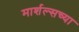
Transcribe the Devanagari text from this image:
मार्शल्सच्या